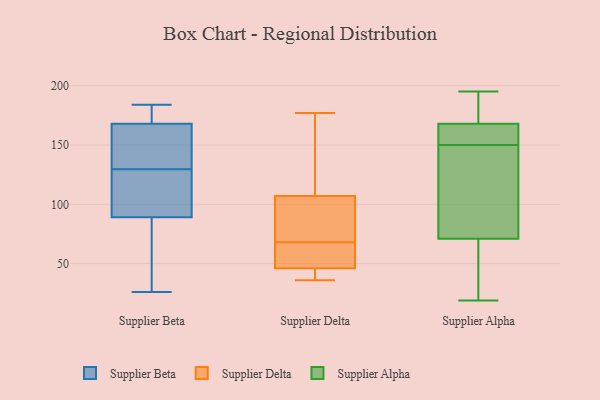
{"axis": {"x": "Waste Production (Tons)", "y": "Value"}, "legend": ["Supplier Alpha", "Supplier Beta", "Supplier Delta"], "data": [{"x": "", "y": 180, "type": "Supplier Beta"}, {"x": "", "y": 168, "type": "Supplier Beta"}, {"x": "", "y": 140, "type": "Supplier Beta"}, {"x": "", "y": 184, "type": "Supplier Beta"}, {"x": "", "y": 105, "type": "Supplier Beta"}, {"x": "", "y": 89, "type": "Supplier Beta"}, {"x": "", "y": 61, "type": "Supplier Beta"}, {"x": "", "y": 132, "type": "Supplier Beta"}, {"x": "", "y": 174, "type": "Supplier Beta"}, {"x": "", "y": 162, "type": "Supplier Beta"}, {"x": "", "y": 82, "type": "Supplier Beta"}, {"x": "", "y": 26, "type": "Supplier Beta"}, {"x": "", "y": 97, "type": "Supplier Beta"}, {"x": "", "y": 127, "type": "Supplier Beta"}, {"x": "", "y": 38, "type": "Supplier Delta"}, {"x": "", "y": 107, "type": "Supplier Delta"}, {"x": "", "y": 141, "type": "Supplier Delta"}, {"x": "", "y": 89, "type": "Supplier Delta"}, {"x": "", "y": 75, "type": "Supplier Delta"}, {"x": "", "y": 46, "type": "Supplier Delta"}, {"x": "", "y": 177, "type": "Supplier Delta"}, {"x": "", "y": 73, "type": "Supplier Delta"}, {"x": "", "y": 63, "type": "Supplier Delta"}, {"x": "", "y": 46, "type": "Supplier Delta"}, {"x": "", "y": 62, "type": "Supplier Delta"}, {"x": "", "y": 36, "type": "Supplier Delta"}, {"x": "", "y": 79, "type": "Supplier Delta"}, {"x": "", "y": 160, "type": "Supplier Delta"}, {"x": "", "y": 52, "type": "Supplier Delta"}, {"x": "", "y": 167, "type": "Supplier Delta"}, {"x": "", "y": 42, "type": "Supplier Delta"}, {"x": "", "y": 53, "type": "Supplier Delta"}, {"x": "", "y": 195, "type": "Supplier Alpha"}, {"x": "", "y": 19, "type": "Supplier Alpha"}, {"x": "", "y": 168, "type": "Supplier Alpha"}, {"x": "", "y": 156, "type": "Supplier Alpha"}, {"x": "", "y": 23, "type": "Supplier Alpha"}, {"x": "", "y": 76, "type": "Supplier Alpha"}, {"x": "", "y": 168, "type": "Supplier Alpha"}, {"x": "", "y": 195, "type": "Supplier Alpha"}, {"x": "", "y": 71, "type": "Supplier Alpha"}, {"x": "", "y": 144, "type": "Supplier Alpha"}]}